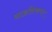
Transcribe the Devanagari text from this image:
साहसिकपर